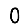
Digit: 0